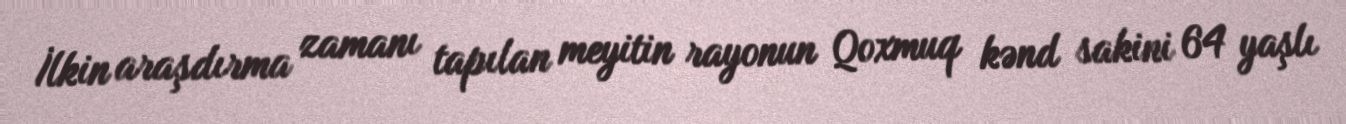
İlkin araşdırma zamanı tapılan meyitin rayonun Qoxmuq kənd sakini 64 yaşlı